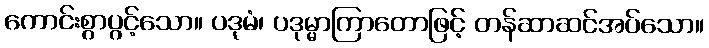
ကောင်းစွာပွင့်သော။ ပဒုမံ၊ ပဒုမ္မာကြာတောဖြင့် တန်ဆာဆင်အပ်သော။